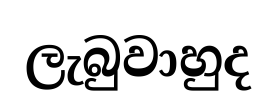
ලැබුවාහුද